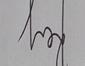
Signature authenticity: genuine